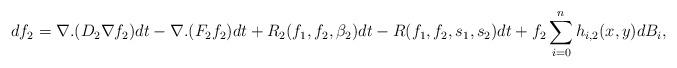
LaTeX: \begin{align*}{d {f_2}}=\nabla.(D_{2}\nabla{ {f_2}})dt-\nabla.(F_2f_2)dt+R_2(f_1,f_2,\beta_2)dt-R(f_1,f_2,s_1,s_2)dt+f_2\sum_{i=0}^nh_{i,2}(x,y)dB_i,\end{align*}